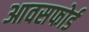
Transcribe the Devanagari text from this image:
आवसफोर्ड